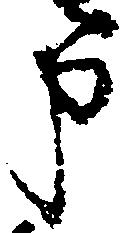
申